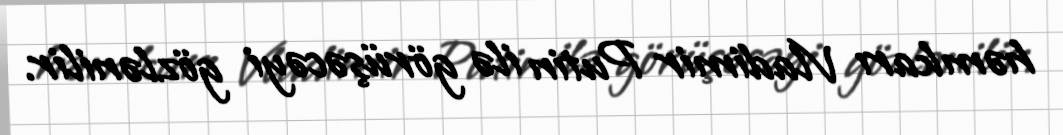
həmkarı Vladimir Putin ilə görüşəcəyi gözlənilir.